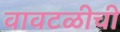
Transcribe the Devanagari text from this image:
वावटळीची